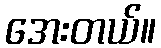
အေးတယ်။